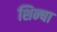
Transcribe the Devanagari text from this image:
शिन्षा